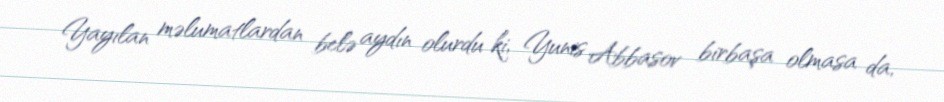
Yayılan məlumatlardan belə aydın olurdu ki, Yunis Abbasov birbaşa olmasa da,